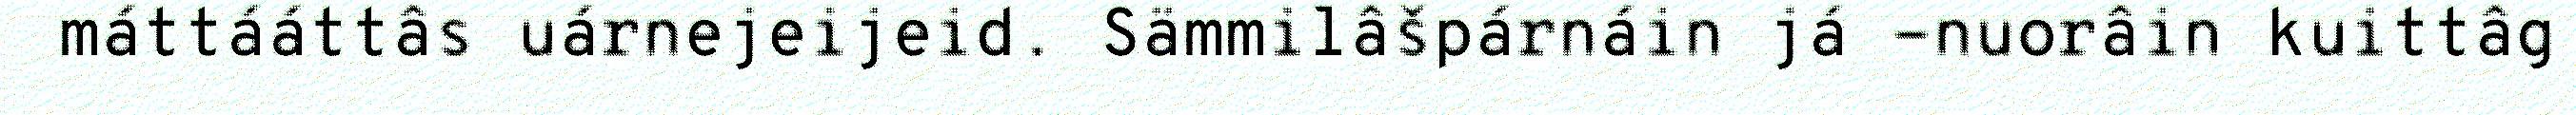
máttááttâs uárnejeijeid. Sämmilâšpárnáin já -nuorâin kuittâg